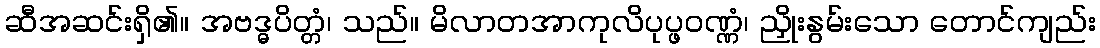
ဆီအဆင်းရှိ၏။ အဗဒ္ဓပိတ္တံ၊ သည်။ မိလာတအာကုလိပုပ္ဖဝဏ္ဏံ၊ ညှိုးနွမ်းသော တောင်ကျည်း